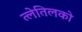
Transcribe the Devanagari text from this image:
त्लेतिलको